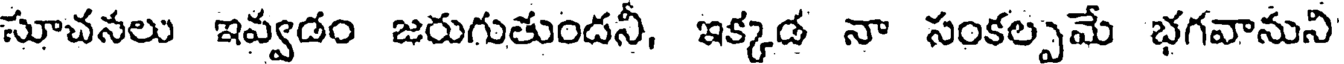
సూచనలు ఇవ్వడం జరుగుతుందనీ, ఇక్కడ నా సంకల్పమే భగవానుని